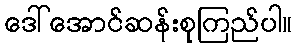
ဒေါ်အောင်ဆန်းစုကြည်ပါ။